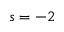
s = - 2